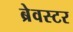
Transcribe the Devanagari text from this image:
ब्रेवस्टर